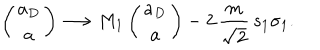
LaTeX: \left( \begin{matrix} { { a _ { D } } } \\ { { a } } \\ \end{matrix} \right) \longrightarrow M _ { 1 } \left( \begin{matrix} { { a _ { D } } } \\ { { a } } \\ \end{matrix} \right) - 2 \, { \frac { m } { \sqrt { 2 } } } \, s _ { 1 } \sigma _ { 1 } .